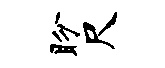
盼尺